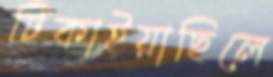
টিকাইয়াছিলে